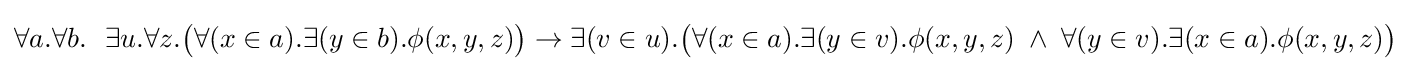
\forall a.\forall b.\ \ \exists u.\forall z.{\big (}\forall (x\in a).\exists (y\in b).\phi (x,y,z){\big )}\to \exists (v\in u).{\big (}\forall (x\in a).\exists (y\in v).\phi (x,y,z)\;\land \;\forall (y\in v).\exists (x\in a).\phi (x,y,z){\big )}